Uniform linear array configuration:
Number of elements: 64
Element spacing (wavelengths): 0.25
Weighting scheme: cosine
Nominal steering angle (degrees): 0
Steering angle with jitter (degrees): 1.939
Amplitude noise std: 0.05
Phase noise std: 0.05

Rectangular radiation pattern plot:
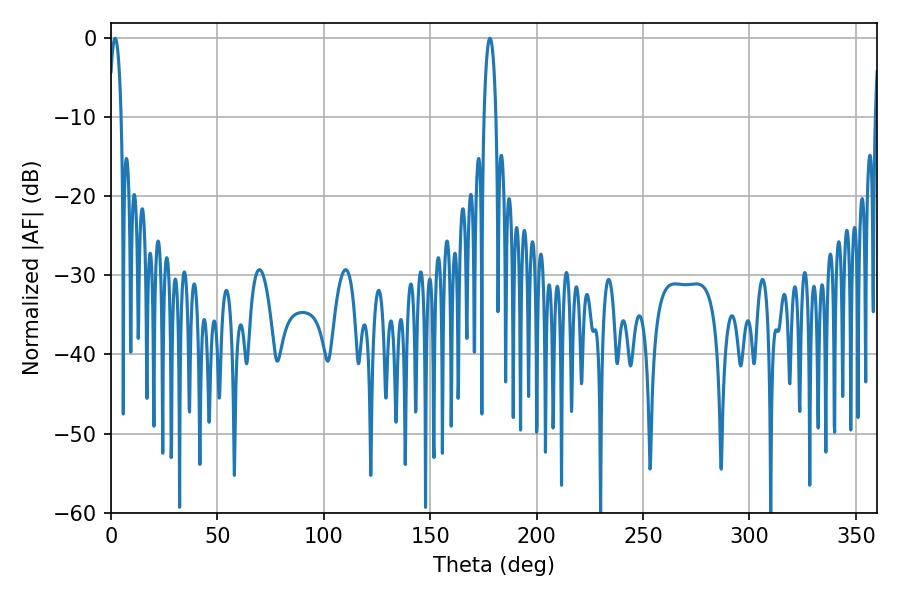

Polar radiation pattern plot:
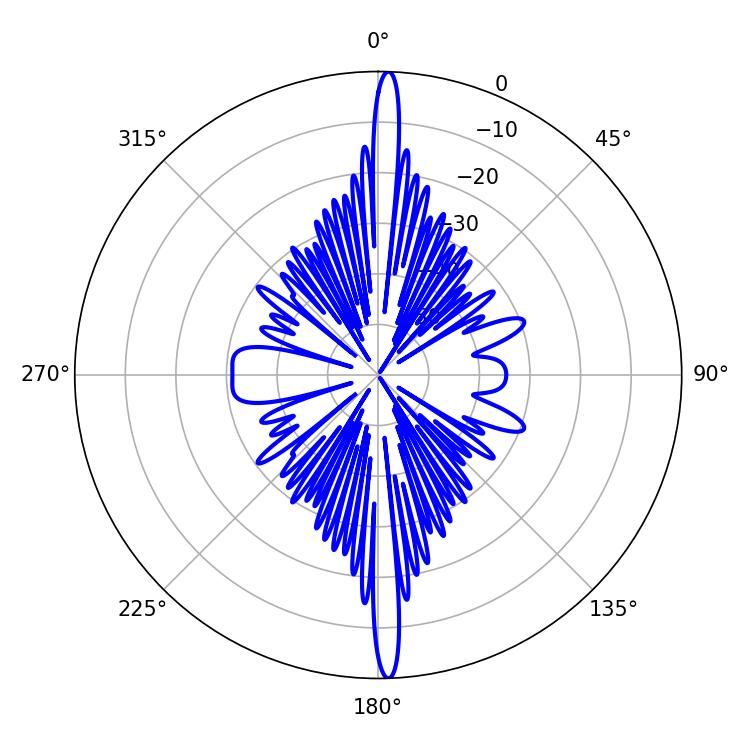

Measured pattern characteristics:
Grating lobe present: FALSE
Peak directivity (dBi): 26.794
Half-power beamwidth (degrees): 3.24
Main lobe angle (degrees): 1.98